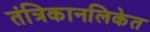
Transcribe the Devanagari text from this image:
तंत्रिकानलिकेत